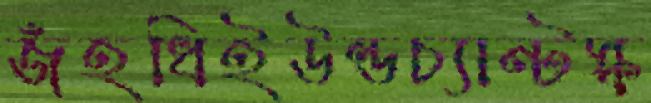
জঁহধিইউন্ডচ্যান্টস্ক